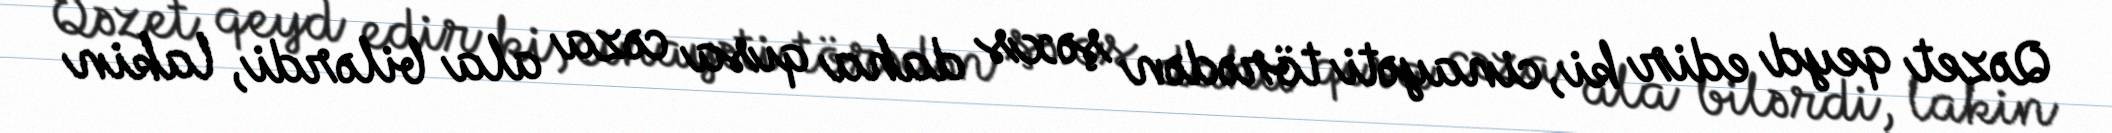
Qəzet qeyd edir ki, cinayəti törədən şəxs daha qısa cəza ala bilərdi, lakin